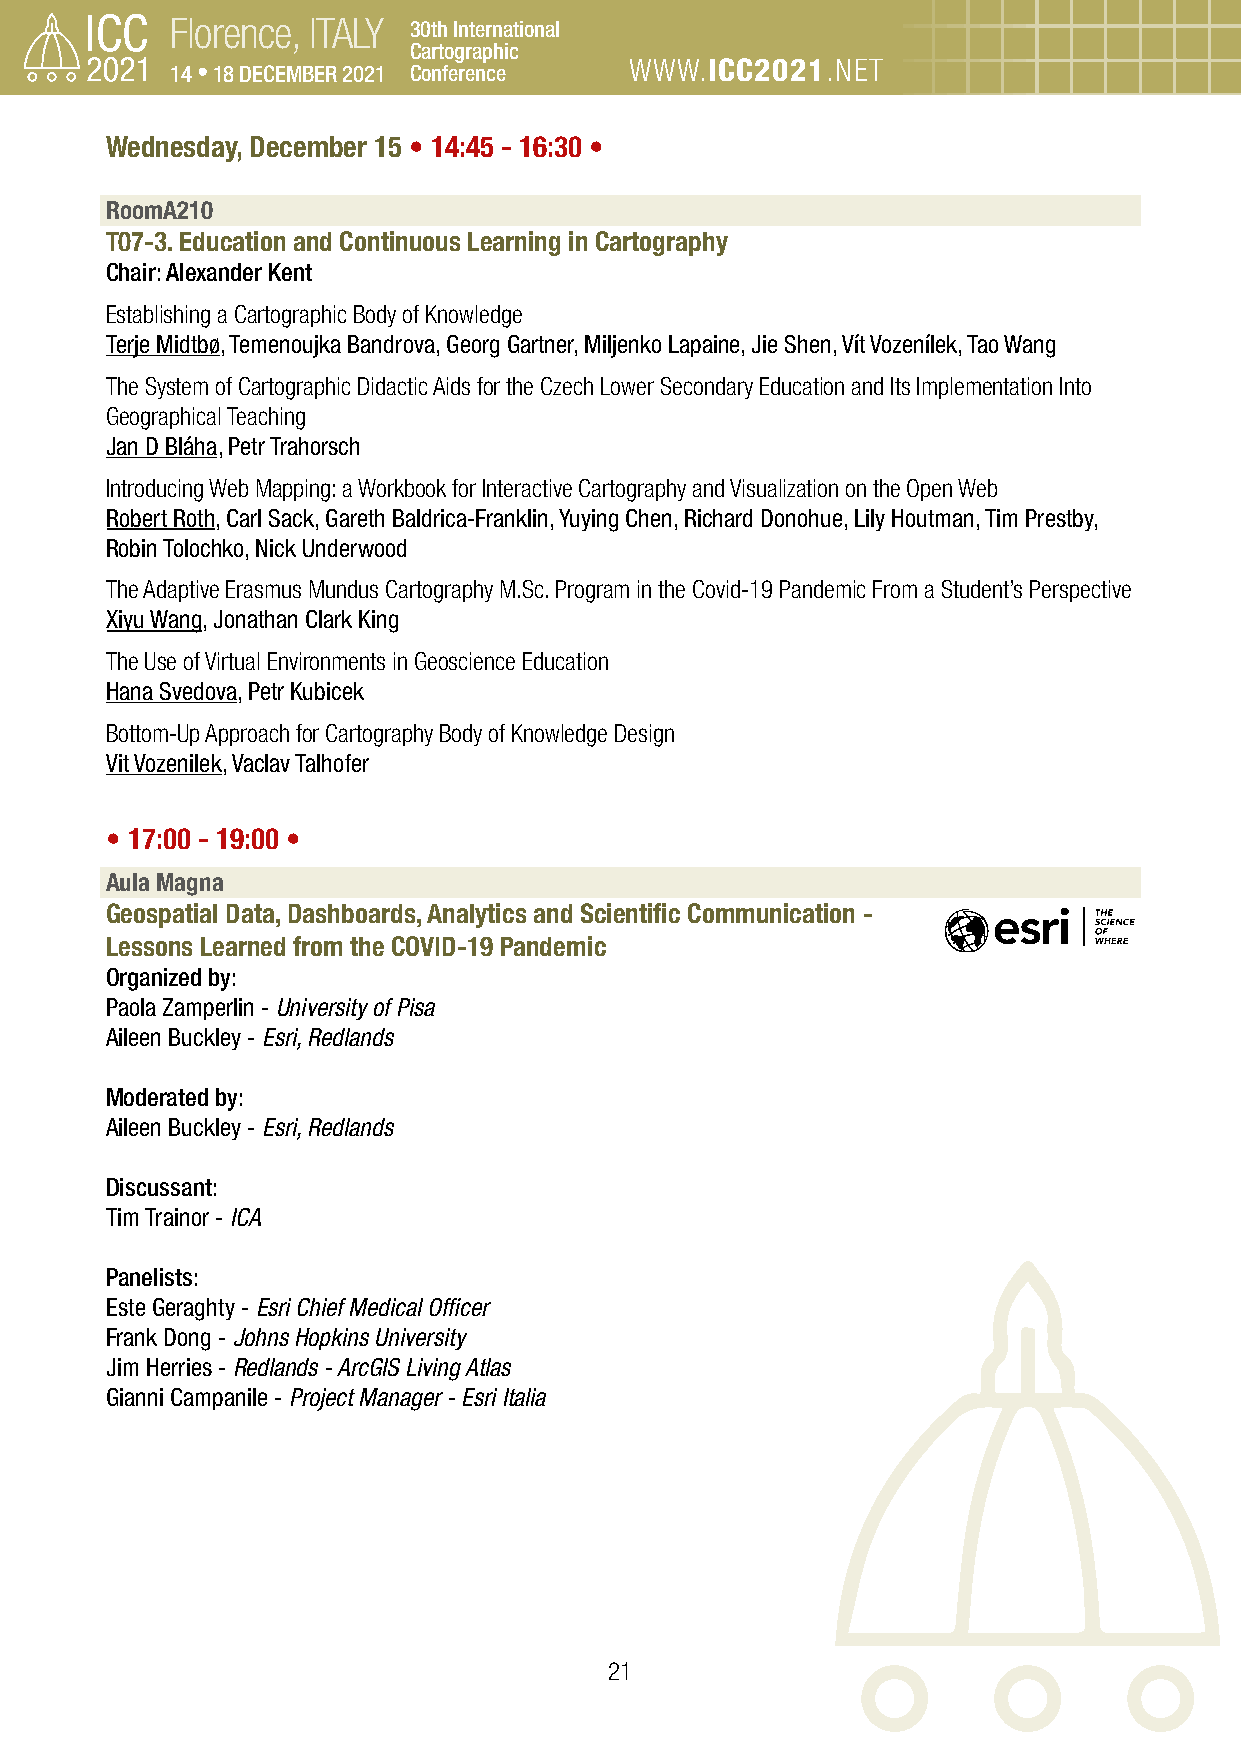
Florence, ITALY 30th International
 Cartographic
 14 • 18 DECEMBER 2021 Conference WWW.ICC2021.NET
 Wednesday, December 15 • 14:45 - 16:30 •
 RoomA210
 T07-3. Education and Continuous Learning in Cartography
 Chair: Alexander Kent
 Establishing a Cartographic Body of Knowledge
 Terje Midtbø, Temenoujka Bandrova, Georg Gartner, Miljenko Lapaine, Jie Shen, Vít Vozenílek, Tao Wang
 The System of Cartographic Didactic Aids for the Czech Lower Secondary Education and Its Implementation Into
 Geographical Teaching
 Jan D Bláha, Petr Trahorsch
 Introducing Web Mapping: a Workbook for Interactive Cartography and Visualization on the Open Web
 Robert Roth, Carl Sack, Gareth Baldrica-Franklin, Yuying Chen, Richard Donohue, Lily Houtman, Tim Prestby,
 Robin Tolochko, Nick Underwood
 The Adaptive Erasmus Mundus Cartography M.Sc. Program in the Covid-19 Pandemic From a Student’s Perspective
 Xiyu Wang, Jonathan Clark King
 The Use of Virtual Environments in Geoscience Education
 Hana Svedova, Petr Kubicek
 Bottom-Up Approach for Cartography Body of Knowledge Design
 Vit Vozenilek, Vaclav Talhofer
 • 17:00 - 19:00 •
 Aula Magna
 Geospatial Data, Dashboards, Analytics and Scientific Communication -
 Lessons Learned from the COVID-19 Pandemic
 Organized by:
 Paola Zamperlin - University of Pisa
 Aileen Buckley - Esri, Redlands
 Moderated by:
 Aileen Buckley - Esri, Redlands
 Discussant:
 Tim Trainor - ICA
 Panelists:
 Este Geraghty - Esri Chief Medical Officer
 Frank Dong - Johns Hopkins University
 Jim Herries - Redlands - ArcGIS Living Atlas
 Gianni Campanile - Project Manager - Esri Italia
 21